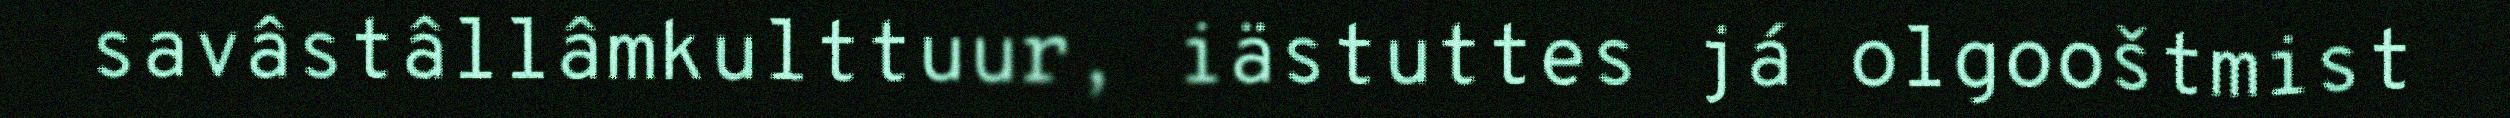
savâstâllâmkulttuur, iästuttes já olgooštmist